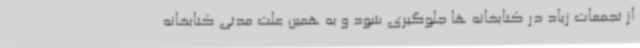
از تجمعات زیاد در کتابخانه ها جلوگیری شود و به همین علت مدتی کتابخانه